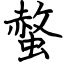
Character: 螫